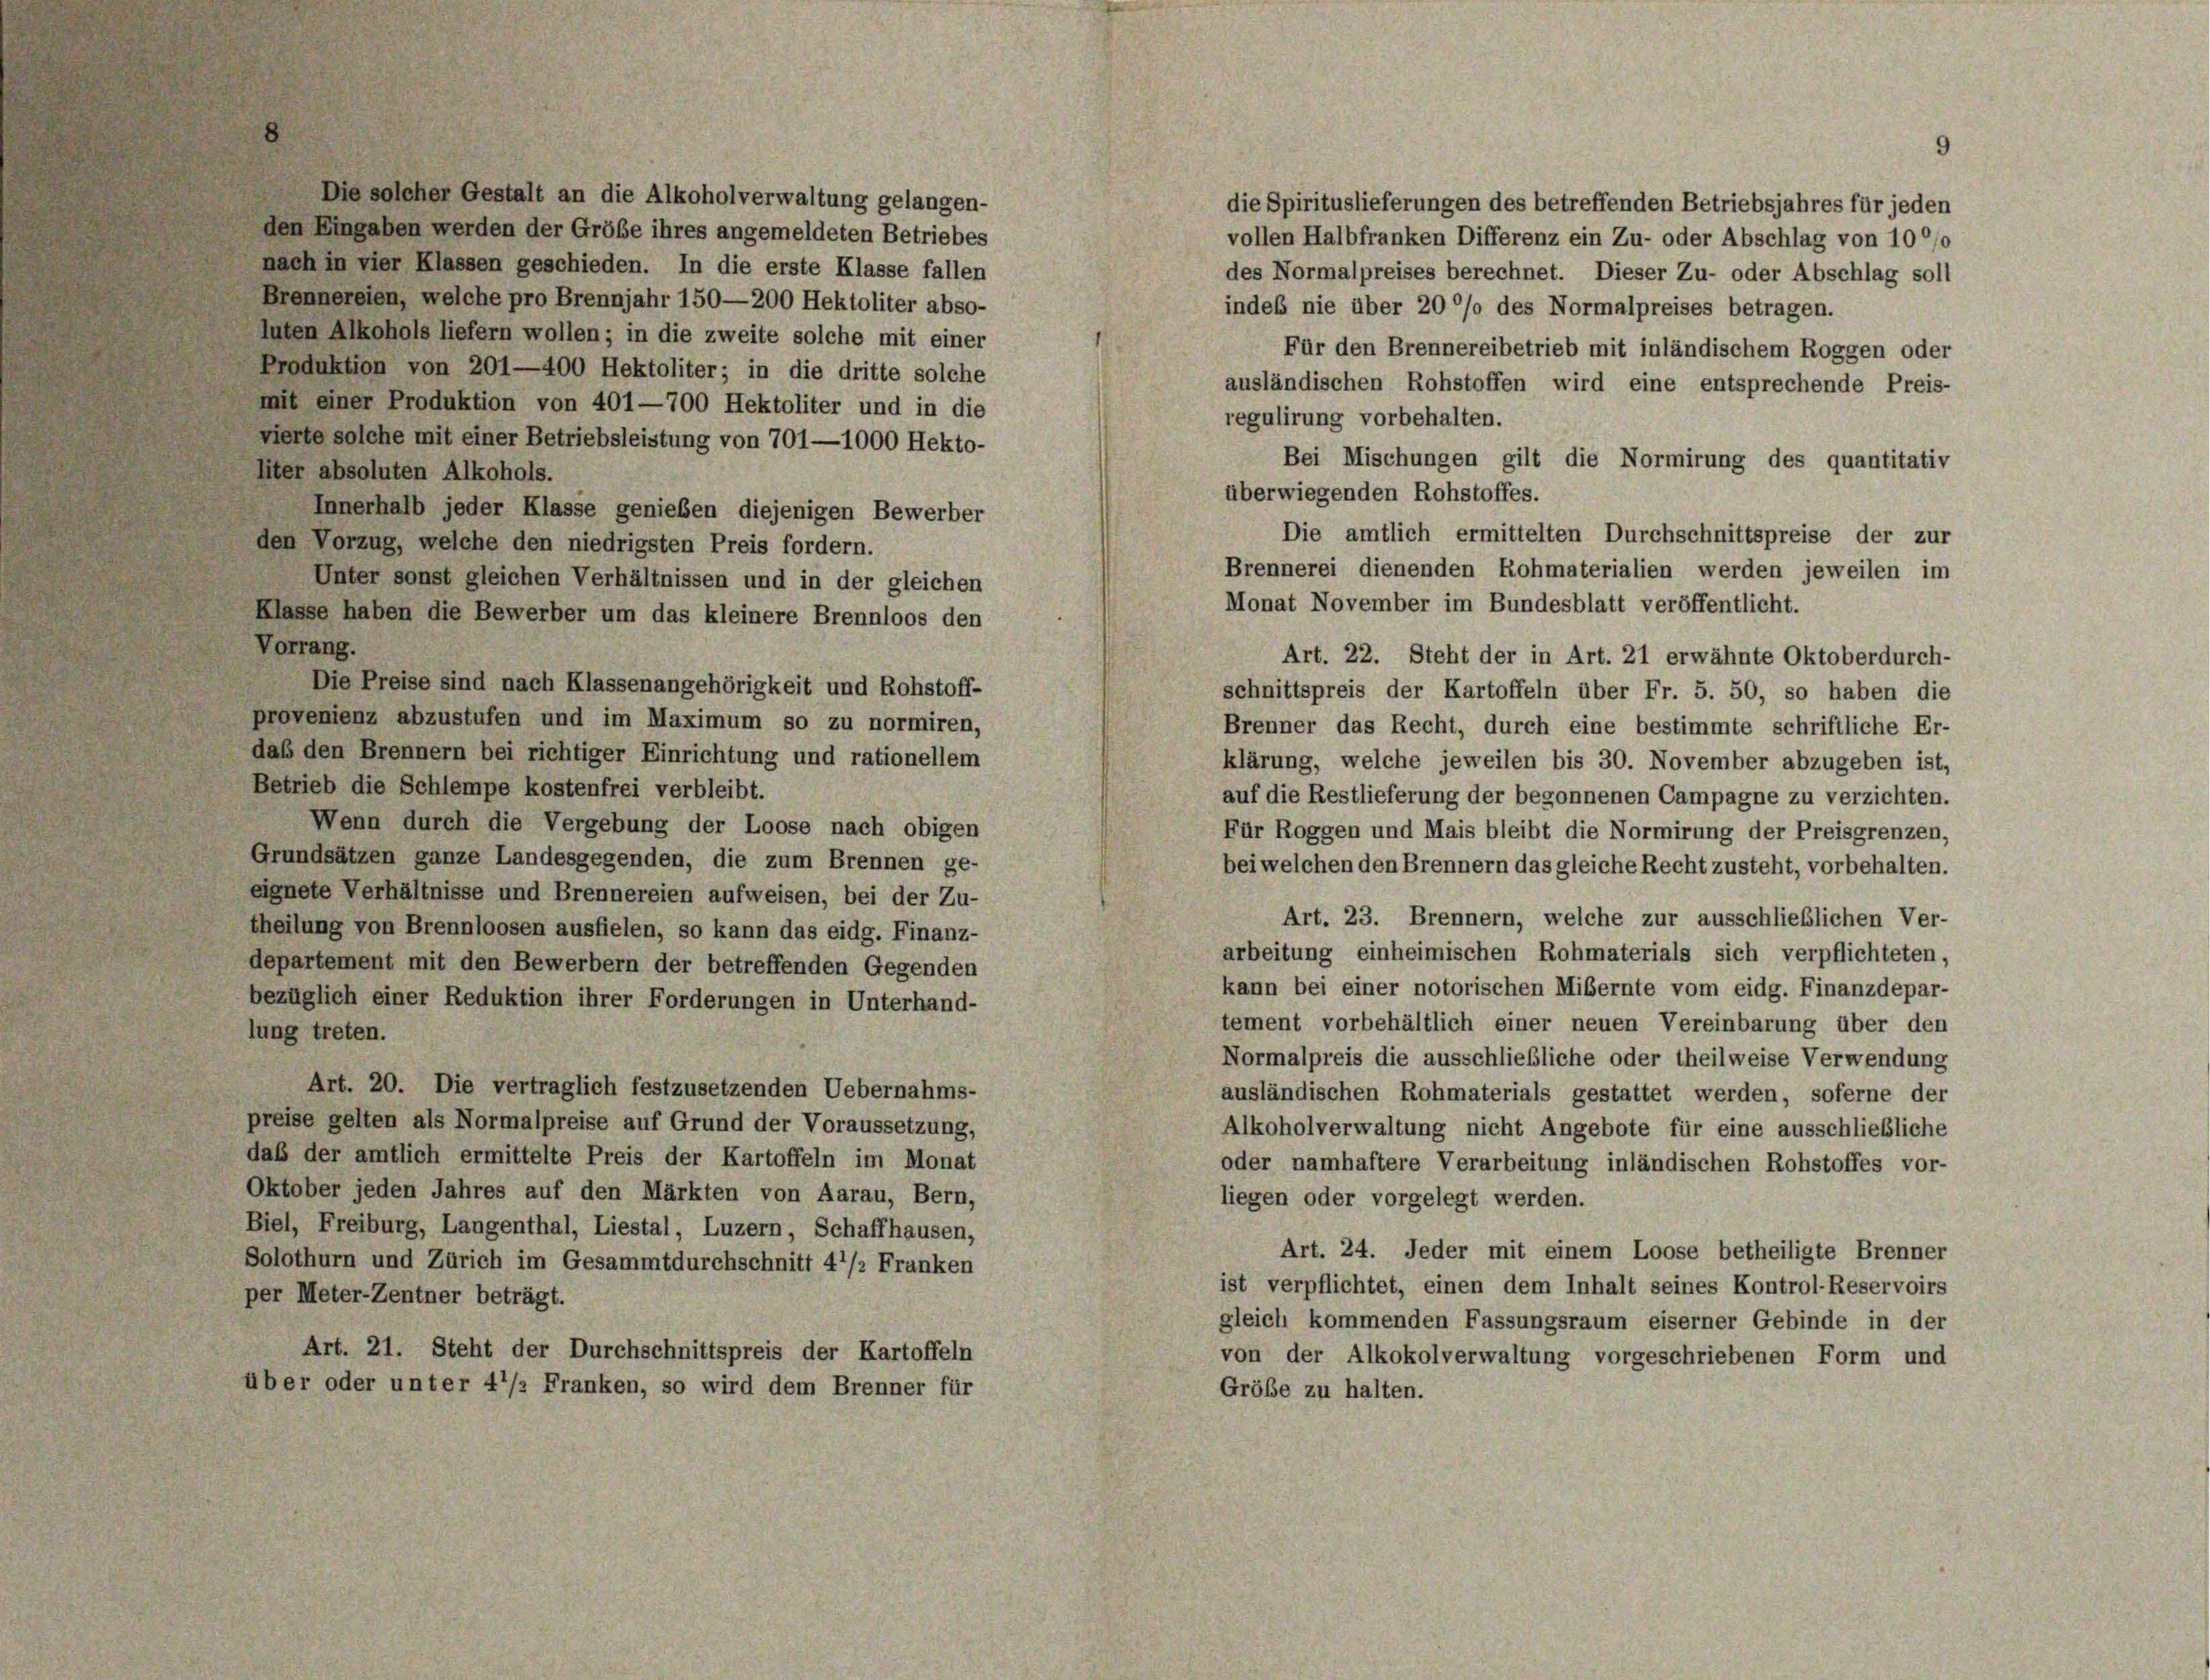
Die solcher Gestalt an die Alkoholverwaltung gelangen-
den Eingaben werden der Größe ihres angemeldeten Betriebes
nach in vier Klassen geschieden. In die erste Klasse fallen
Brennereien, welche pro Brennjahr 150—200 Hektoliter abso-
luten Alkohols liefern wollen; in die zweite solche mit einer
Produktion von 201—400 Hektoliter; in die dritte solche
mit einer Produktion von 401—700 Hektoliter und in die
vierte solche mit einer Betriebsleistung von 701—1000 Hekto-
liter absoluten Alkohols.
Innerhalb jeder Klasse genießen diejenigen Bewerber
den Vorzug, welche den niedrigsten Preis fordern.
Unter sonst gleichen Verhältnissen und in der gleichen
Klasse haben die Bewerber um das kleinere Brennloos den
Vorrang.
Die Preise sind nach Klassenangehörigkeit und Rohstoff-
provenienz abzustufen und im Maximum so zu normiren,
daß den Brennern bei richtiger Einrichtung und rationellem
Betrieb die Schlempe kostenfrei verbleibt.
Wenn durch die Vergebung der Loose nach obigen
Für Roggen und Mais bleibt die Normirung der Preisgrenzen,
Grundsätzen ganze Landesgegenden, die zum Brennen ge-
bei welchen den Brennern das gleiche Recht zusteht, vorbehalten.
eignete Verhältnisse und Brennereien aufweisen, bei der Zu-
Art. 23. Brennern, welche zur ausschließlichen Ver-
theilung von Brennloosen ausfielen, so kann das eidg. Finanz-
arbeitung einheimischen Rohmaterials sich verpflichteten,
departement mit den Bewerbern der betreffenden Gegenden
kann bei einer notorischen Mißernte vom eidg. Finanzdepar-
bezüglich einer Reduktion ihrer Forderungen in Unterhand-
tement vorbehältlich einer neuen Vereinbarung über den
lung treten.
Normalpreis die ausschließliche oder theilweise Verwendung
Art. 20. Die vertraglich festzusetzenden Uebernahms-
ausländischen Rohmaterials gestattet werden, soferne der
preise gelten als Normalpreise auf Grund der Voraussetzung,
Alkoholverwaltung nicht Angebote für eine ausschließliche
daß der amtlich ermittelte Preis der Kartoffeln im Monat
oder namhaftere Verarbeitung inländischen Rohstoffes vor-
Oktober jeden Jahres auf den Märkten von Aarau, Bern,
liegen oder vorgelegt werden.
Biel, Freiburg, Langenthal, Liestal, Luzern, Schaffhausen,
Art. 24. Jeder mit einem Loose betheiligte Brenner
Solothurn und Zürich im Gesammtdurchschnitt 4 1/2 Franken
ist verpflichtet, einen dem Inhalt seines Kontrol-Reservoirs
per Meter-Zentner beträgt.
gleich kommenden Fassungsraum eiserner Gebinde in der
Art. 21. Steht der Durchschnittspreis der Kartoffeln
von der Alkokolverwaltung vorgeschriebenen Form und
über oder unter 41/2 Franken, so wird dem Brenner für
Größe zu halten.

die Spirituslieferungen des betreffenden Betriebsjahres für jeden
vollen Halbfranken Differenz ein Zu- oder Abschlag von 1000
des Normalpreises berechnet. Dieser Zu- oder Abschlag soll
indes nie über 20 % des Normalpreises betragen.
Für den Brennereibetrieb mit inländischem Roggen oder
ausländischen Rohstoffen wird eine entsprechende Preis-
regulirung vorbehalten.
Bei Mischungen gilt die Normirung des quantitativ
überwiegenden Rohstoffes.
Die amtlich ermittelten Durchschnittspreise der zur
Brennerei dienenden Rohmaterialien werden jeweilen im
Monat November im Bundesblatt veröffentlicht.
Art. 22. Steht der in Art. 21 erwähnte Oktoberdurch-
schnittspreis der Kartoffeln über Fr. 5. 50, so haben die
Brenner das Recht, durch eine bestimmte schriftliche Er-
klärung, welche jeweilen bis 30. November abzugeben ist,
auf die Restlieferung der begonnenen Campagne zu verzichten.